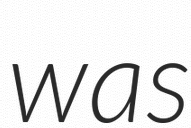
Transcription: was